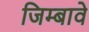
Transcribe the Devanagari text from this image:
जिम्बावे